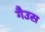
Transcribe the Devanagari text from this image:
गैउस